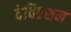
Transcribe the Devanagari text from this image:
देविएशन